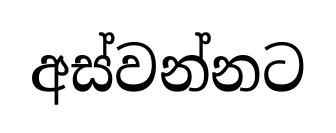
අස්වන්නට